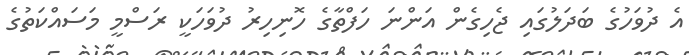
އެ ދުވަހުގެ ބަދަލުގައި ޖެހިގެން އަންނަ ހަފްތާގެ ހޮނިހިރު ދުވަހަކީ ރަސްމީ މަސައްކަތުގެ